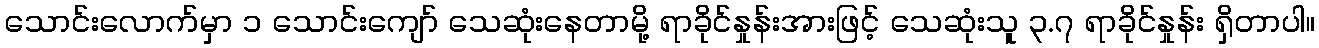
သောင်းလောက်မှာ ၁ သောင်းကျော် သေဆုံးနေတာမို့ ရာခိုင်နှုန်းအားဖြင့် သေဆုံးသူ ၃.၇ ရာခိုင်နှုန်း ရှိတာပါ။